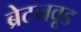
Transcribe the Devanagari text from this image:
ब्रेटनवूड